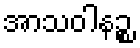
အာသဝါနဉ္စ